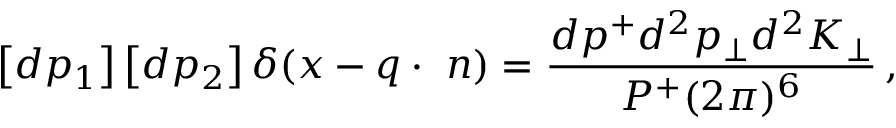
\left[ d p _ { 1 } \right] \left[ d p _ { 2 } \right] \delta ( x - q \cdot \, \, n ) = \frac { d p ^ { + } d ^ { 2 } p _ { \bot } d ^ { 2 } K _ { \bot } } { P ^ { + } ( 2 \pi ) ^ { 6 } } \, ,